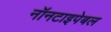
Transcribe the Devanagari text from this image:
नॉनटाइपेबल